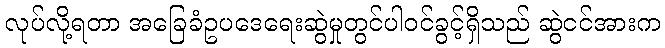
လုပ်လို့ရတာ အခြေခံဥပဒေရေးဆွဲမှုတွင်ပါဝင်ခွင့်ရှိသည် ဆွဲငင်အားက